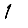
Digit: 1